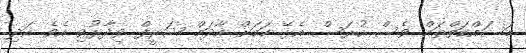
މަސައްކަތްތައް ވެސް ހުރަސް އެޅޭ ކަމަށް އާދަމް ޝަރީފް ވިދާޅުވި އެވެ. އަދި